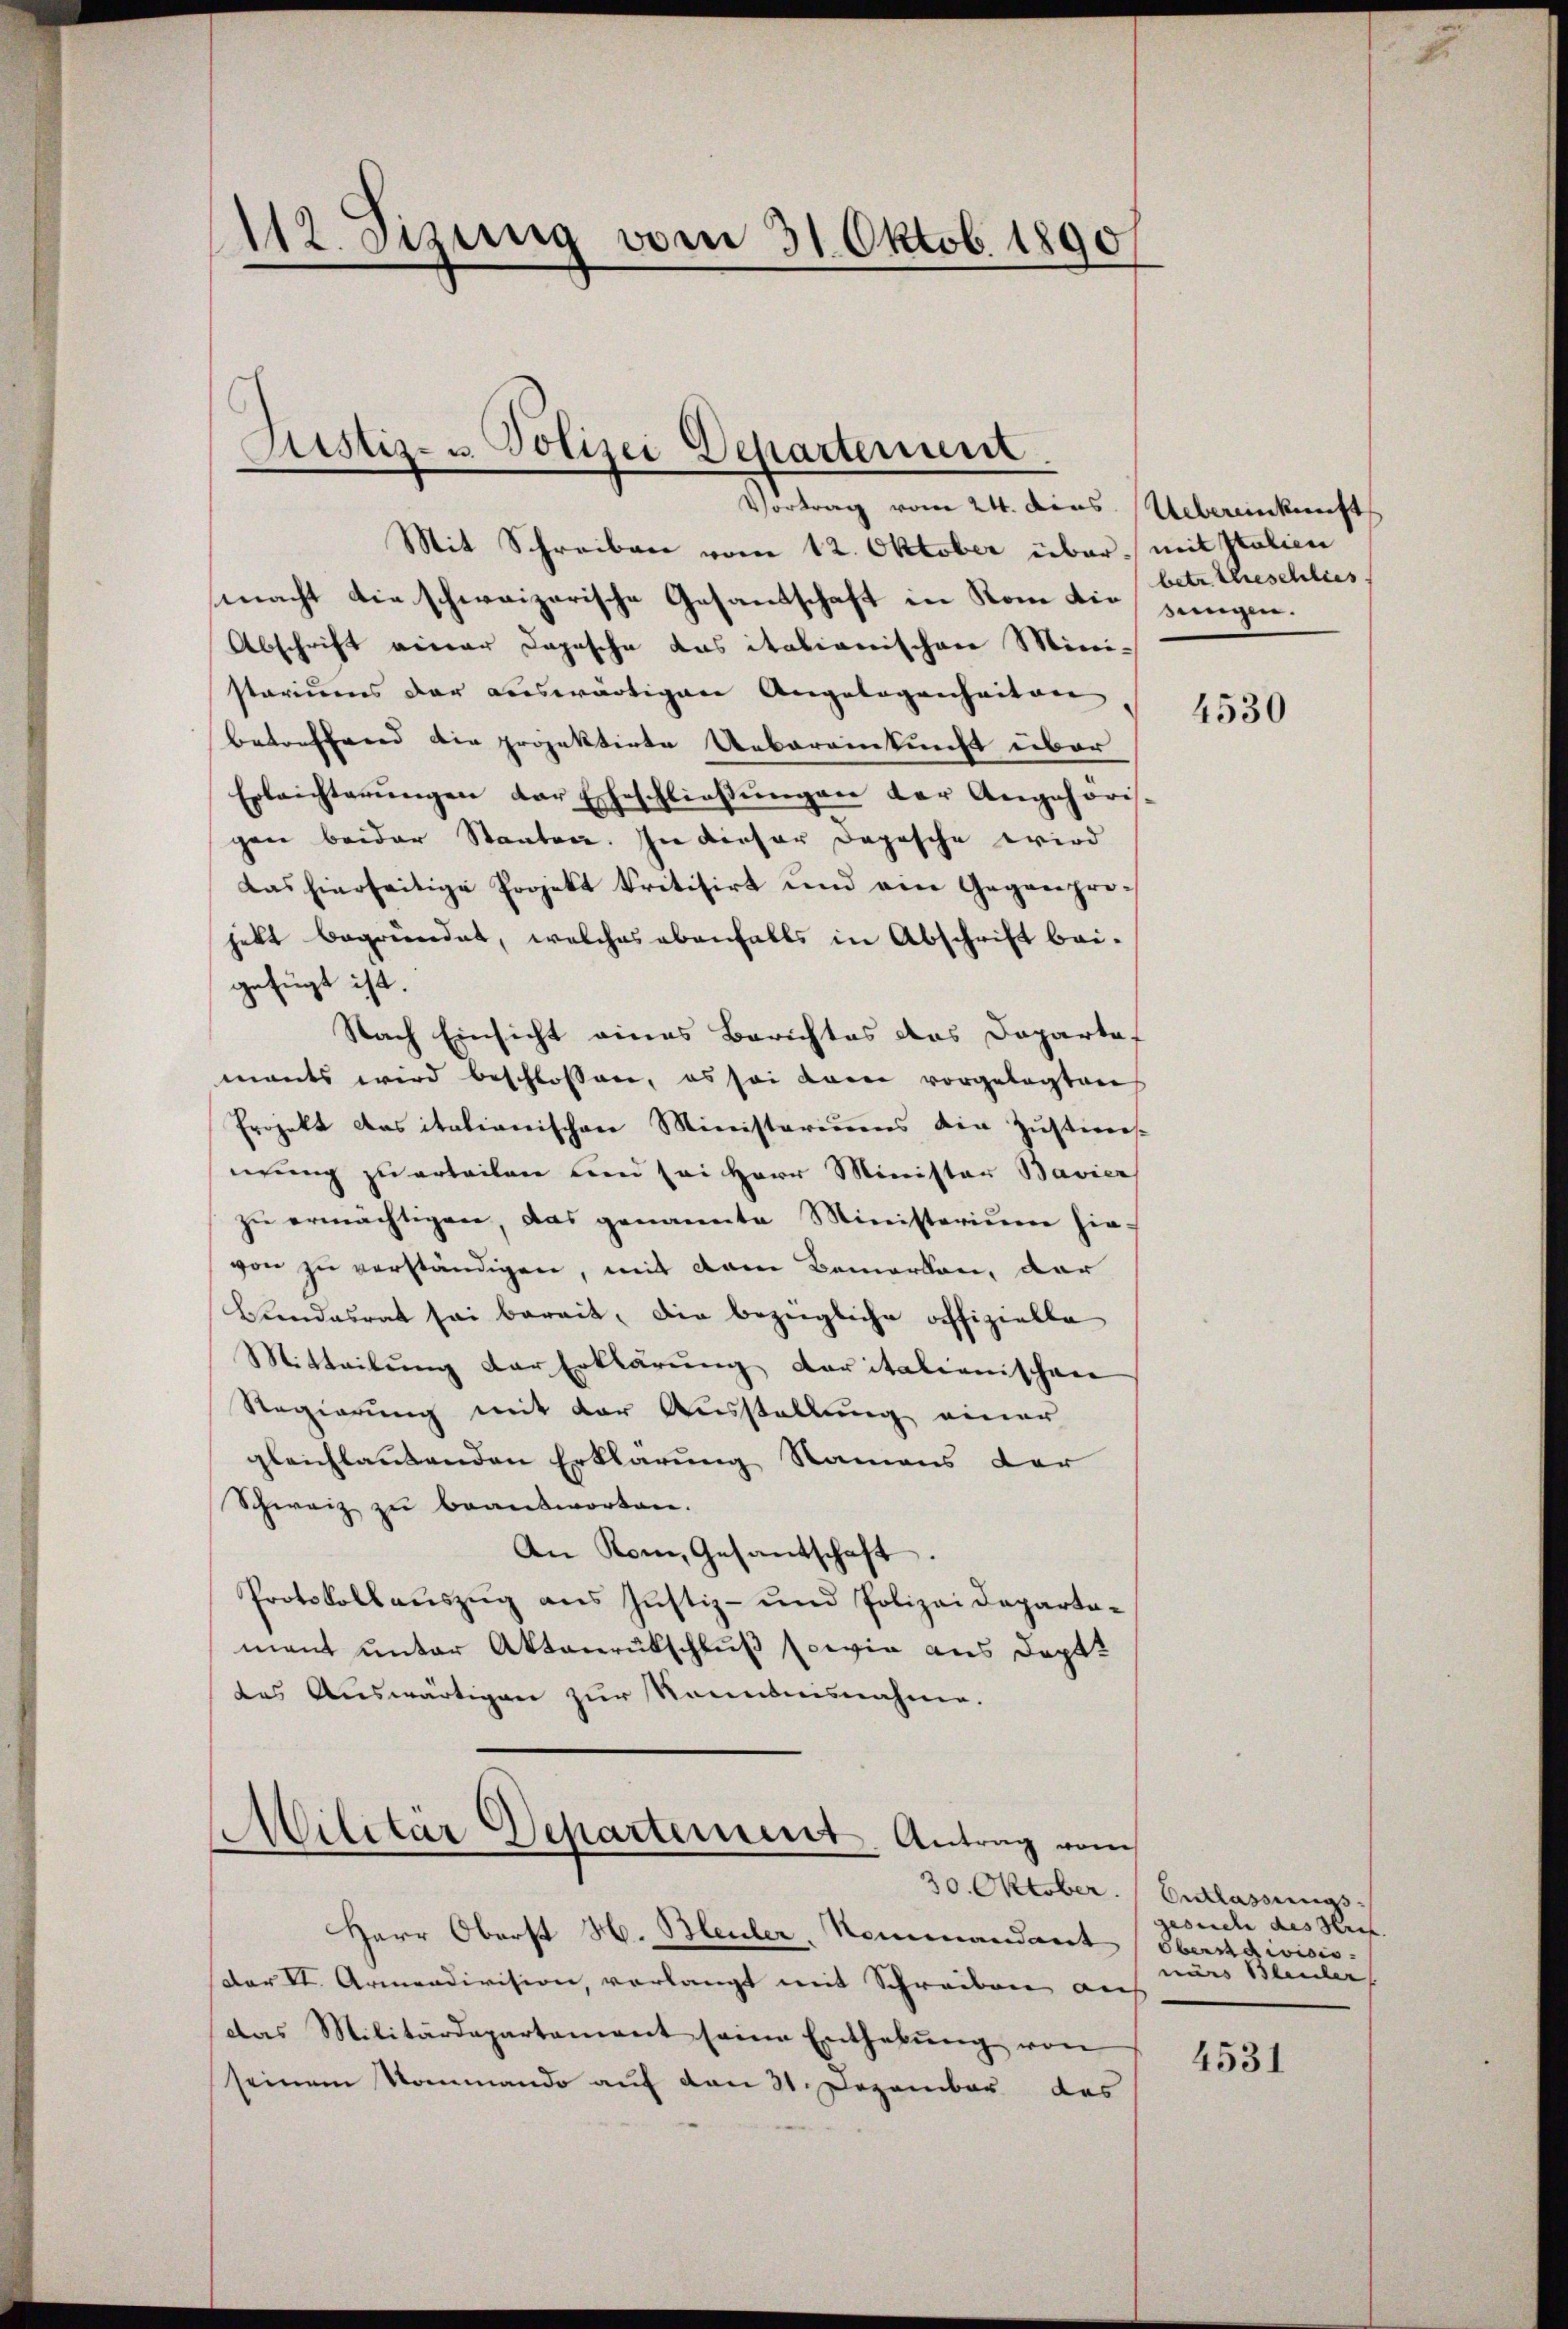
112. Sizung vom 31. Oktob. 1890
n

Pustiz- u. Polizei Departenunt
—

Vortrag vom 24. dies Uebereinkunft
Mit Schreiben vom 12. Oktober über mit Italien
macht die schweizerische Gesandschaft in Rom die jungen.
Abschrift einer Dopische das italienischen Ministoriums der auswärtigen Angelegenheiten
betreffend die projektirte Uebereinkunft über
Erleichterŭngen der Eheschlieβŭngen der Angehöri-
gen beider Staaten. In dieser Dopische wird
Das hierseitige Projekt kritisirt und ein Gegenprejett begründet, welches ebenfalls in Abschrift bei-
gefügt ist.
Nach Einsicht eines Berichtes das Departof
mants wird beschlossen, es sei dann vorgelegten
Projekt das italianischen Ministeriums die Zustim-
nung zu erteilen den sei Herr Minister Bavier
zŭ ermächtigen, das genannte Ministerium hie-
von zu verständigen, mit dem Bemerken, dar
Bundesrat sei bereit, die bezügliche offizielle
Mitteilung der Erklärung Caritalienischen
Regierung mit der Ausstellung einer
gleichlautenden Erklärung Namens der
Schweiz zu beantworten.
An Rom, Gesantschaft.
Protokollauszug aus Justiz- und Polizei Departemant unter Aktenrütschluß sowie aus Dopt
des Auswärtigen zur Kenntnisnahme.

Militär Departement. Antrag vom

30. Oktober.
Herr Oberst H. Bleuler, Kommandant
Dar II. Armendivision, vorlangt mit Schreiben an
Das Militärdepartement seine Enthebŭng von
seinem Kommando auf den 21. Dezember das

betr. Eheschlies

4530

Entlassungs
gesuch des Hrn.
Oberndivicis.
närs Bleuler

4531